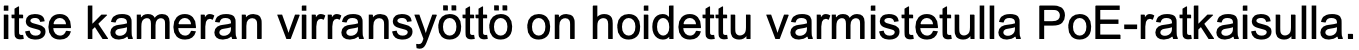
itse kameran virransyöttö on hoidettu varmistetulla PoE-ratkaisulla.